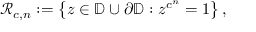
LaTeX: { \mathcal { R } } _ { c , n } : = \left\{ z \in \mathbb { D } \cup \partial { \mathbb { D } } : z ^ { c ^ { n } } = 1 \right\} ,